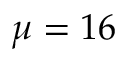
\mu = 1 6